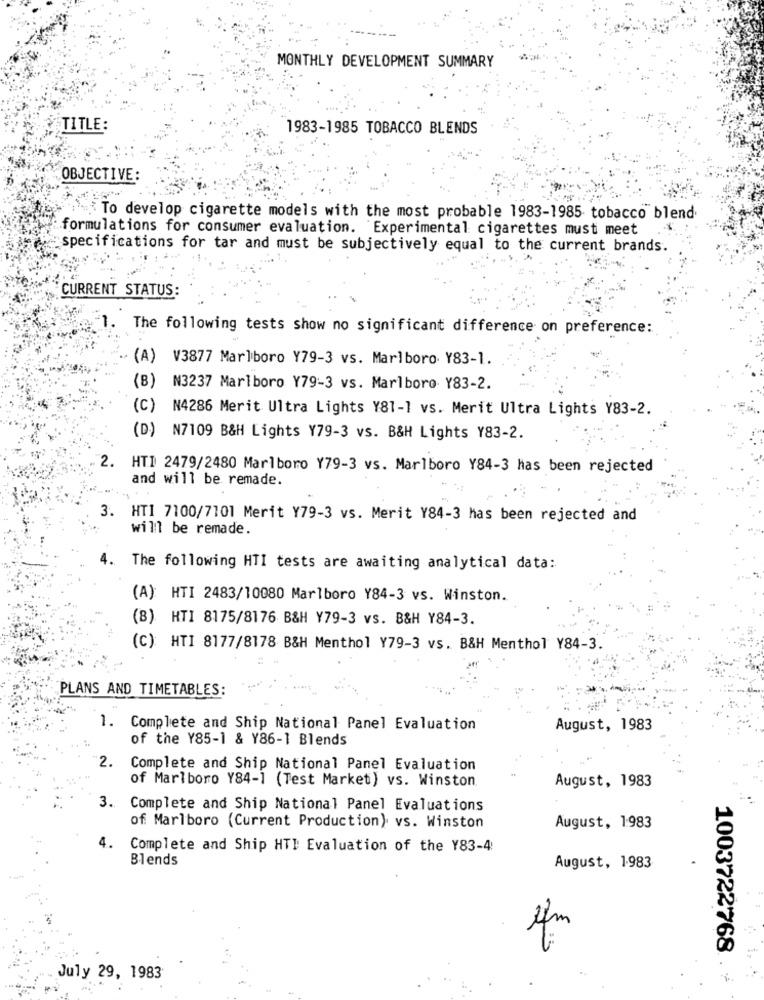
MONTHLY DEVELOPMENT SUMMARY
TITLE:
1983-1985 TOBACCO BLENDS
OBJECTIVE:
To develop cigarette models with the most probable 1983-1985 tobacco blend.
formulations for consumer evaluation. Experimental cigarettes must meet
specifications for tar and must be subjectively equal to the current brands.
CURRENT STATUS:
1.
The following tests show no significant difference on preference:
(A) V3877 Marlboro Y79-3 vs. Marlboro Y83-1.
(B) N3237 Marlboro Y79-3 vs. Marlboro Y83-2.
(C) N4286 Merit Ultra Lights Y81-1 vs. Merit Ultra Lights Y83-2.
(D) N7109 B&H Lights Y79-3 vs. B&H Lights Y83-2.
2. HTI 2479/2480 Marlboro Y79-3 vs. Marlboro Y84-3 has been rejected
and will be remade.
3. HTI 7100/7101 Merit Y79-3 vs. Merit Y84-3 has been rejected and
will be remade.
4.
The following HTI tests are awaiting analytical data:
(A): HTI 2483/10080 Marlboro Y84-3 vs. Winston.
(8) HTI 8175/8176 B&H Y79-3 vs. B&H Y84-3.
(C): HTI 8177/8178 B&H Menthol Y79-3 vs. B&H Menthol Y84-3.
PLANS AND TIMETABLES:
1.
Complete and Ship National Panel Evaluation
August, 1983
of the Y85-1 & Y86-1 Blends
2.
Complete and Ship National Panel Evaluation
of Marlboro Y84-1 (Test Market) vs. Winston
August, 1983
3. Complete and Ship National Panel Evaluations
of Marlboro (Current Production) vs. Winston
August, 1983
4.
Complete and Ship HTE Evaluation of the Y83-4:
Blends
August, 1983
1003722768
July 29, 1983